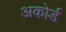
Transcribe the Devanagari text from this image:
अकोर्ड